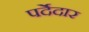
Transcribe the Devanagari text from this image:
पर्देदार